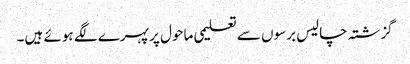
گزشتہ چالیس برسوں سے تعلیمی ماحول پر پہرے لگے ہوئے ہیں۔